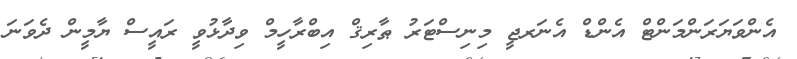
އެންވަޔަރަންމަންޓް އެންޑް އެނަރޖީ މިނިސްޓަރު ޠާރިޤް އިބްރާހީމް ވިދާޅުވީ ރައީސް ޔާމީން ދެވަނަ